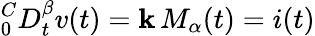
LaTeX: ^C_{0}D_{t}^{\beta}v(t)=\mathbf{k}\, M_{\alpha}(t)=i(t)